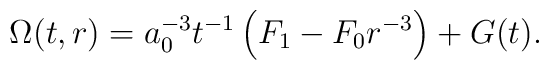
\Omega(t,r) = a_0^{-3} t^{-1} \left( F_1 - F_0 r^{-3} \right)  + G(t).